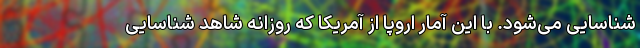
شناسایی می‌شود. با این آمار اروپا از آمریکا که روزانه شاهد شناسایی